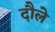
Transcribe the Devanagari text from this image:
दौले